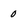
Character: 0